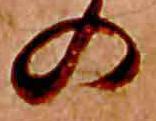
の